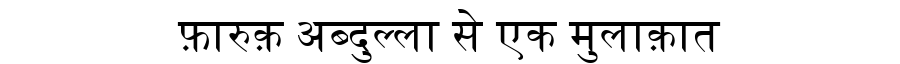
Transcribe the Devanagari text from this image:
फ़ारुक़ अब्दुल्ला से एक मुलाक़ात